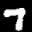
Label: 7